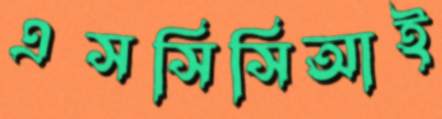
এসসিসিআই